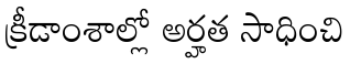
క్రీడాంశాల్లో అర్హత సాధించి